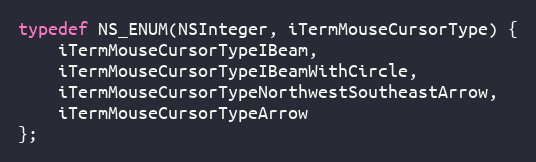
Language: C
typedef NS_ENUM(NSInteger, iTermMouseCursorType) {
    iTermMouseCursorTypeIBeam,
    iTermMouseCursorTypeIBeamWithCircle,
    iTermMouseCursorTypeNorthwestSoutheastArrow,
    iTermMouseCursorTypeArrow
};